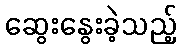
ဆွေးနွေးခဲ့သည့်